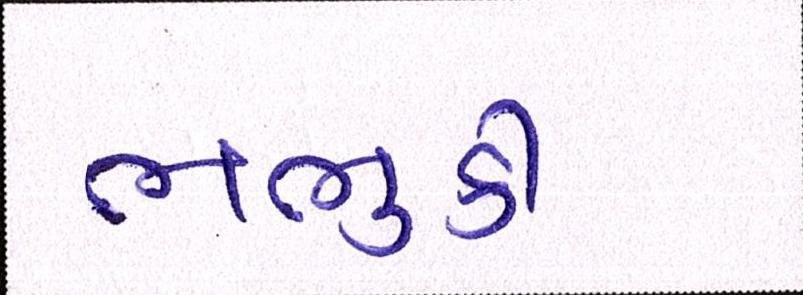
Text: ભભુકી